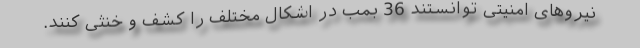
نیروهای امنیتی توانستند 36 بمب در اشکال مختلف را کشف و خنثی کنند.